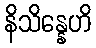
နိသိန္နေဟိ